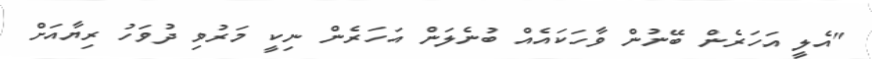
"އެލީ އަހަރެން ބޭނުން ވާހަކައެއް ބުނެލަން އަހަރެން ނިކީ މަރުވި ދުވަހު ރިޔާއަށް